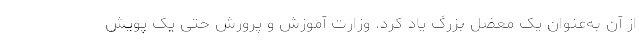
از آن به‌عنوان یک معضل بزرگ یاد کرد. وزارت آموزش و پرورش حتی یک پویش